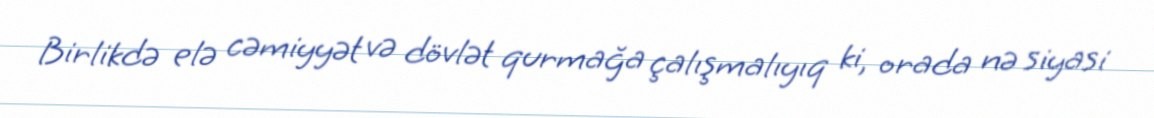
Birlikdə elə cəmiyyət və dövlət qurmağa çalışmalıyıq ki, orada nə siyasi